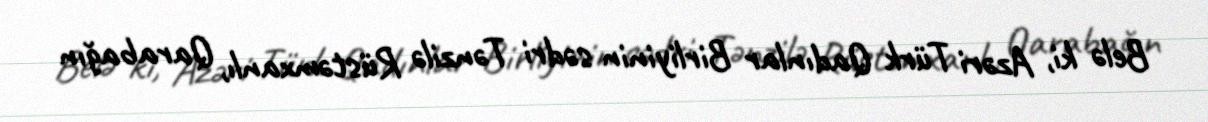
Belə ki, Azəri Türk Qadınlar Birliyinin sədri Tənzilə Rüstəmxanlı, Qarabağın